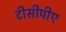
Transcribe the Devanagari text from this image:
टीसीपीए